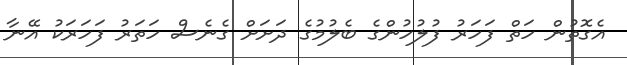
އެގޮތުން ހަތް ފަހަރު ފުލުހުންގެ ބެލުމުގެ ދަށަށް ގެނެސް ހަތަރު ފަހަރަކު އޭނާ